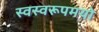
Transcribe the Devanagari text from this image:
स्वस्वरूपमयो